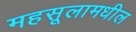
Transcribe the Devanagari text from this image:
महसूलामधील